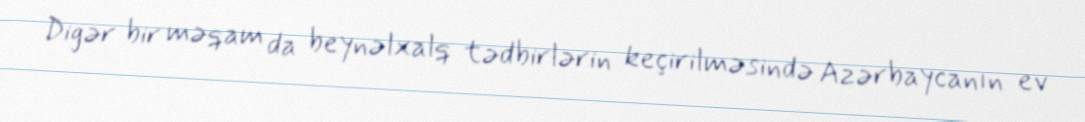
Digər bir məqam da beynəlxalq tədbirlərin keçirilməsində Azərbaycanın ev